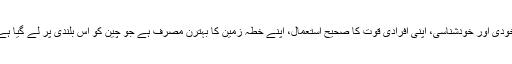
خودی اور خودشناسی، اپنی افرادی قوت کا صحیح استعمال، اپنے خطہ زمین کا بہترن مصرف ہے جو چین کو اس بلندی پر لے گیا ہے۔